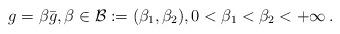
LaTeX: \begin{align*}g = \beta \bar g, \beta \in {\cal B} := (\beta_1, \beta_2), 0 < \beta_1 < \beta_2 < + \infty\,.\end{align*}